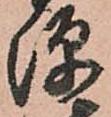
源